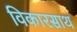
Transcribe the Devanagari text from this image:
विकारसाथ